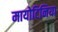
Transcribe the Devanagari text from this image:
मायोटिनिया